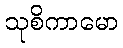
သုစိကာမော